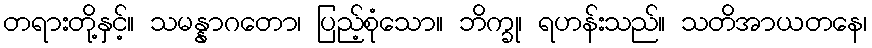
တရားတို့နှင့်။ သမန္နာဂတော၊ ပြည့်စုံသော။ ဘိက္ခု၊ ရဟန်းသည်။ သတိအာယတနေ၊